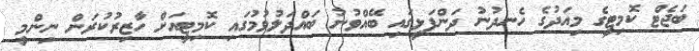
ބަޖެޓް ކޮމިޓީގެ މިއަދުގެ ހެނދުނު ދަންފަޅީގައި ބޭއްވުނު ބައްދަލުވުމުގައި ކޮމިޓީއަށް ހާޒިރުކުރަން ނިންމީ